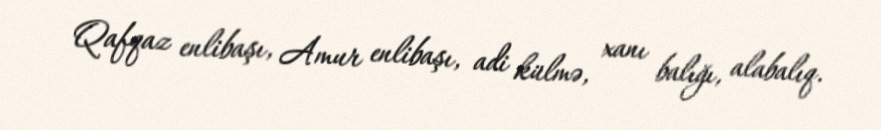
Qafqaz enlibaşı, Amur enlibaşı, adi külmə, xanı balığı, alabalıq.